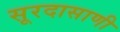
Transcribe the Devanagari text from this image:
सूरदासाणी